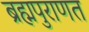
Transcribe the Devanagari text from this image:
ब्रह्मपुराणत